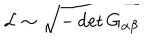
LaTeX: { \cal L } \sim \sqrt { - \det G _ { \alpha \beta } }